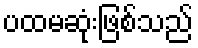
ပထမဆုံးဖြစ်သည်